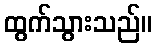
ထွက်သွားသည်။